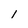
Character: 1